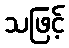
သဖြင့်